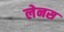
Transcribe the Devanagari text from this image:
लेनस